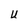
Character: U